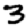
Digit: 3